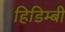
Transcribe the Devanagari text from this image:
हिडिम्बी